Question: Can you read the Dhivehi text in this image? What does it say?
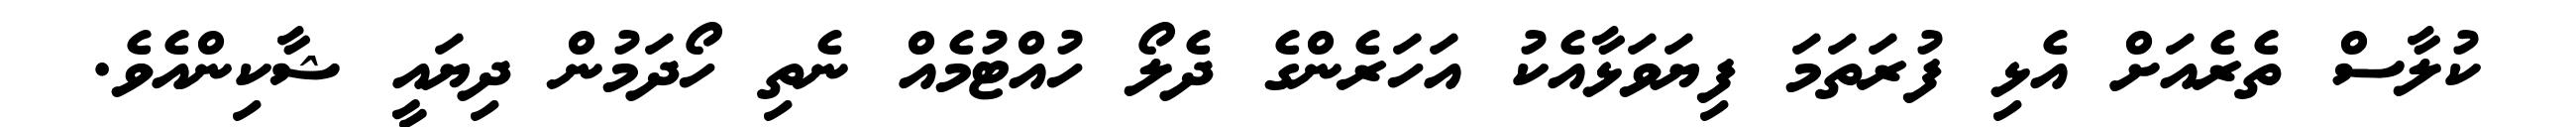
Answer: ކުލާސް ތެރެއަށް އެޅި ފުރަތަމަ ފިޔަވަޅާއެކު އަހަރެންގެ ދެލޯ ހުއްޓުމެއް ނެތި ހޯދަމުން ދިޔައީ ޝާކިންއެވެ.